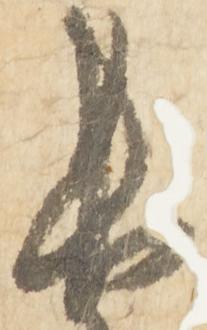
長